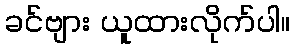
ခင်ဗျား ယူထားလိုက်ပါ။